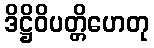
ဒိဋ္ဌိဝိပတ္တိဟေတု